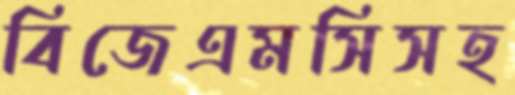
বিজেএমসিসহ